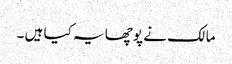
مالک نے پوچھا یہ کیا ہیں ۔